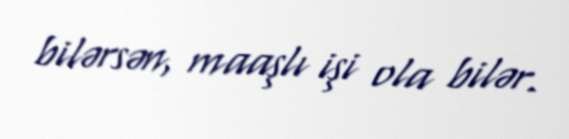
bilərsən, maaşlı işi ola bilər.